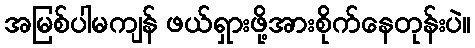
အမြစ်ပါမကျန် ဖယ်ရှားဖို့အားစိုက်နေတုန်းပဲ။